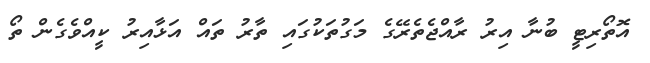
އޮތޯރިޓީ ބުނާ އިރު ރާއްޖެތެރޭގެ މަގުތަކުގައި ތާރު ތައް އަޅާއިރު ކީއްވެގެން ތޯ